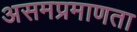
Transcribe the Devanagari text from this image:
असमप्रमाणता